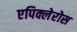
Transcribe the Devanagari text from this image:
एपिक्लेरोस